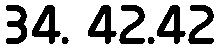
34. 42.42